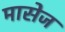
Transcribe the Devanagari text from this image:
मासेज